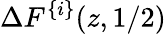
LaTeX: \Delta F^{\{ i\} }(z,1/2)